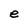
Character: e